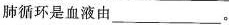
肺循环是血液由___。